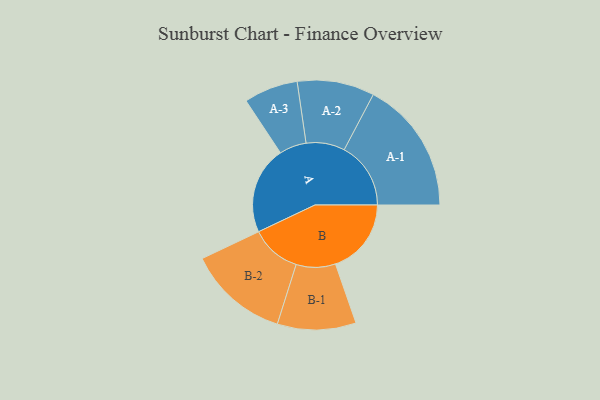
{"axis": {"x": "Segment", "y": "Value"}, "legend": ["", "A", "B"], "data": [{"x": "A", "y": 379, "type": ""}, {"x": "B", "y": 328, "type": ""}, {"x": "A-1", "y": 288, "type": "A"}, {"x": "A-2", "y": 167, "type": "A"}, {"x": "A-3", "y": 117, "type": "A"}, {"x": "B-1", "y": 170, "type": "B"}, {"x": "B-2", "y": 218, "type": "B"}]}